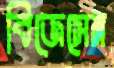
বিজেসেন